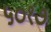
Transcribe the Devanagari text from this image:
५०१७